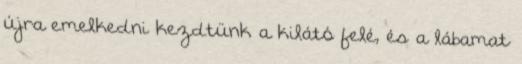
újra emelkedni kezdtünk a kilátó felé, és a lábamat